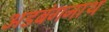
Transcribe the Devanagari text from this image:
अडबंगनाथ